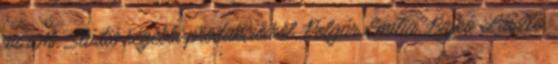
az M- Stúdió régebbi produkcióiból, Polgár Emília, Bajkó László,